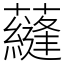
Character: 蘕